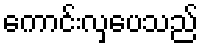
ကောင်းလှပေသည်